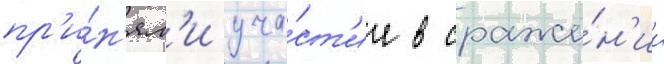
пр'и́н'ял'и уча́ст'ие в сраже́н'ии